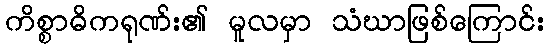
ကိစ္စာဓိကရုဏ်း၏ မူလမှာ သံဃာဖြစ်ကြောင်း